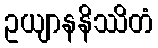
ဥယျာနနိဿိတံ